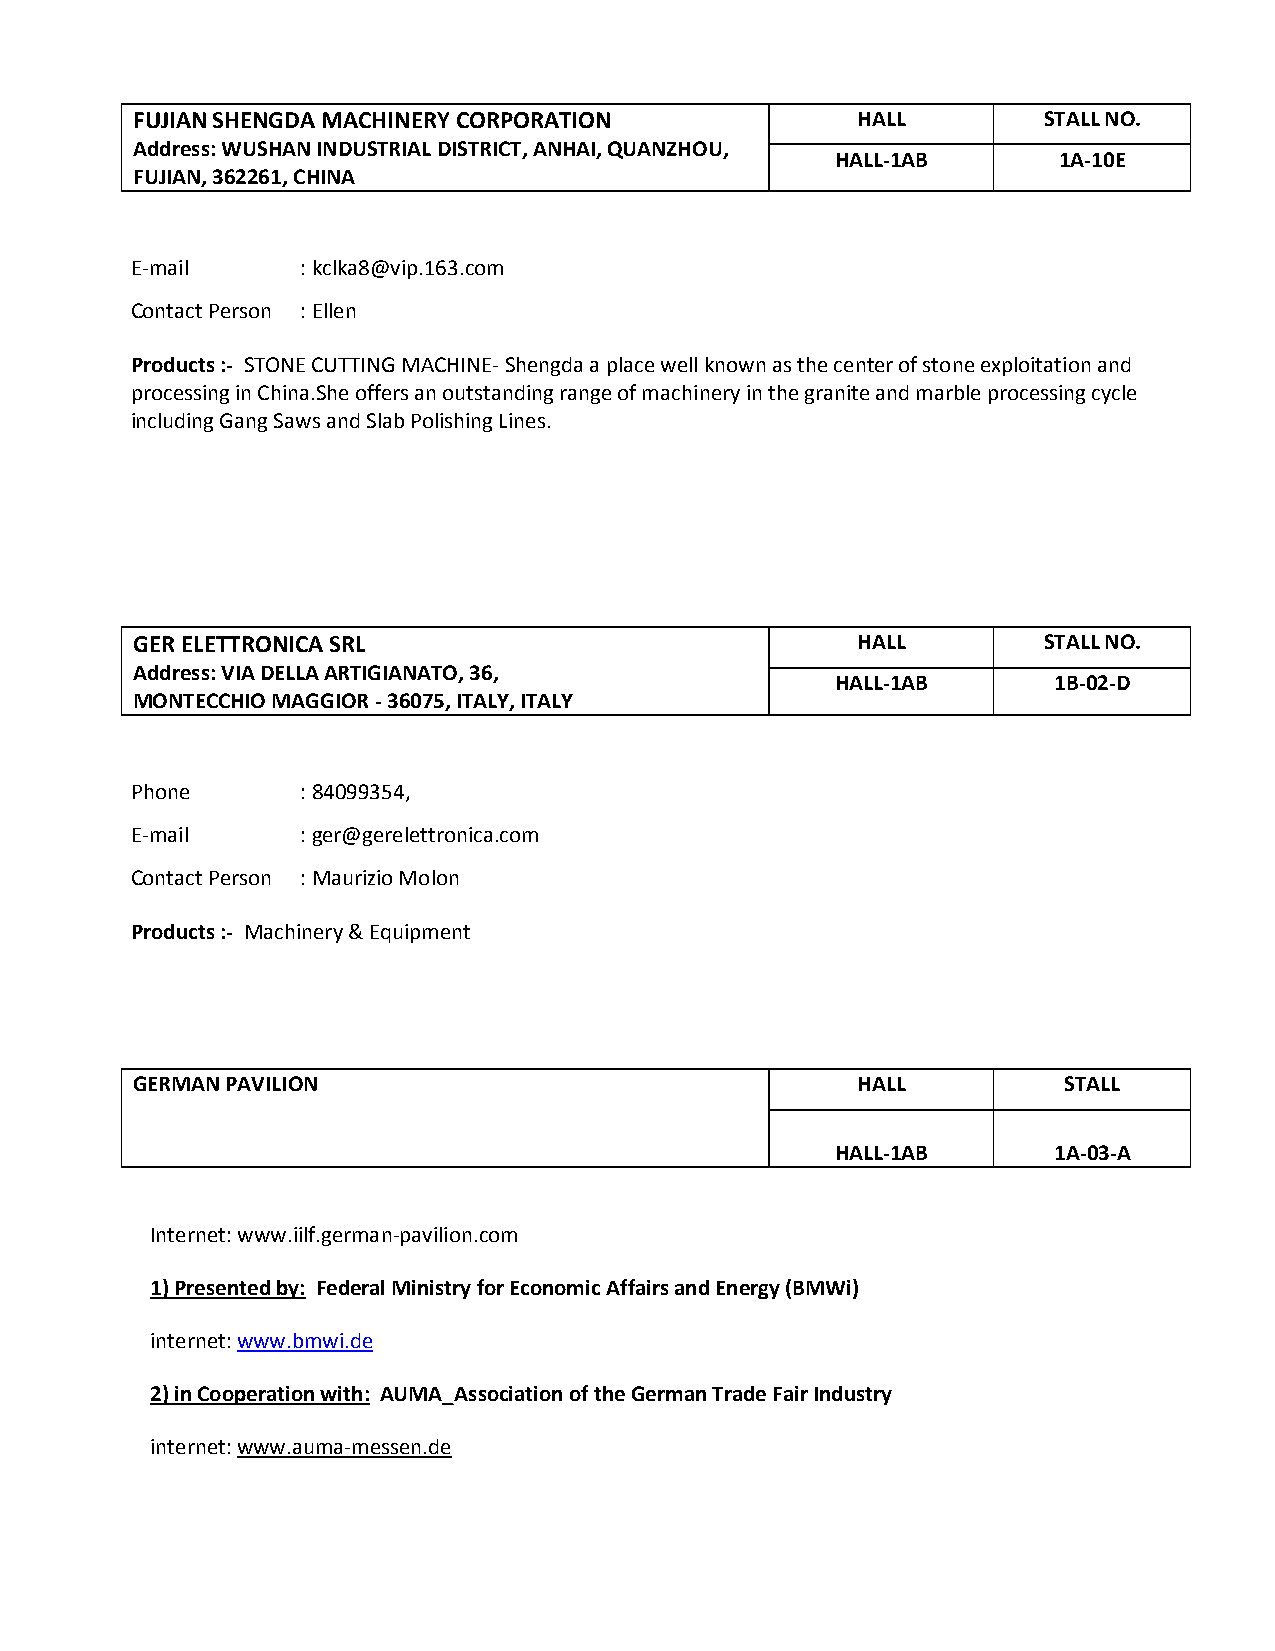
FUJIAN SHENGDA MACHINERY CORPORATION            HALL        STALL NO.
 Address: WUSHAN INDUSTRIAL DISTRICT, ANHAI, QUANZHOU,
 HALL-1AB       1A-10E
 FUJIAN, 362261, CHINA
 E-mail     : kclka8@vip.163.com
 Contact Person : Ellen
 Products :- STONE CUTTING MACHINE- Shengda a place well known as the center of stone exploitation and
 processing in China.She offers an outstanding range of machinery in the granite and marble processing cycle
 including Gang Saws and Slab Polishing Lines.
 GER ELETTRONICA SRL                             HALL        STALL NO.
 Address: VIA DELLA ARTIGIANATO, 36,
 HALL-1AB       1B-02-D
 MONTECCHIO MAGGIOR - 36075, ITALY, ITALY
 Phone      : 84099354,
 E-mail     : ger@gerelettronica.com
 Contact Person : Maurizio Molon
 Products :- Machinery & Equipment
 GERMAN PAVILION                                 HALL         STALL
 HALL-1AB       1A-03-A
 Internet: www.iilf.german-pavilion.com
 1) Presented by: Federal Ministry for Economic Affairs and Energy (BMWi)
 internet: www.bmwi.de
 2) in Cooperation with: AUMA_Association of the German Trade Fair Industry
 internet: www.auma-messen.de